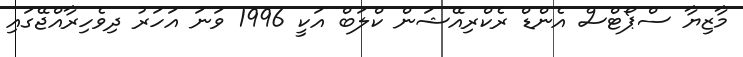
މާޒިޔާ ސްޕޯޓްސް އެންޑް ރެކްރިއޭޝަން ކްލަބް އަކީ 1996 ވަނަ އަހަރު ދިވެހިރާއްޖޭގައި